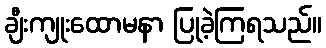
ချီးကျုးထောမနာ ပြုခဲ့ကြရသည်။